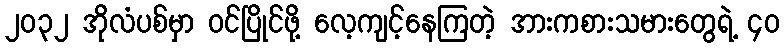
၂၀၃၂ အိုလံပစ်မှာ ဝင်ပြိုင်ဖို့ လေ့ကျင့်နေကြတဲ့ အားကစားသမားတွေရဲ့ ၄၀